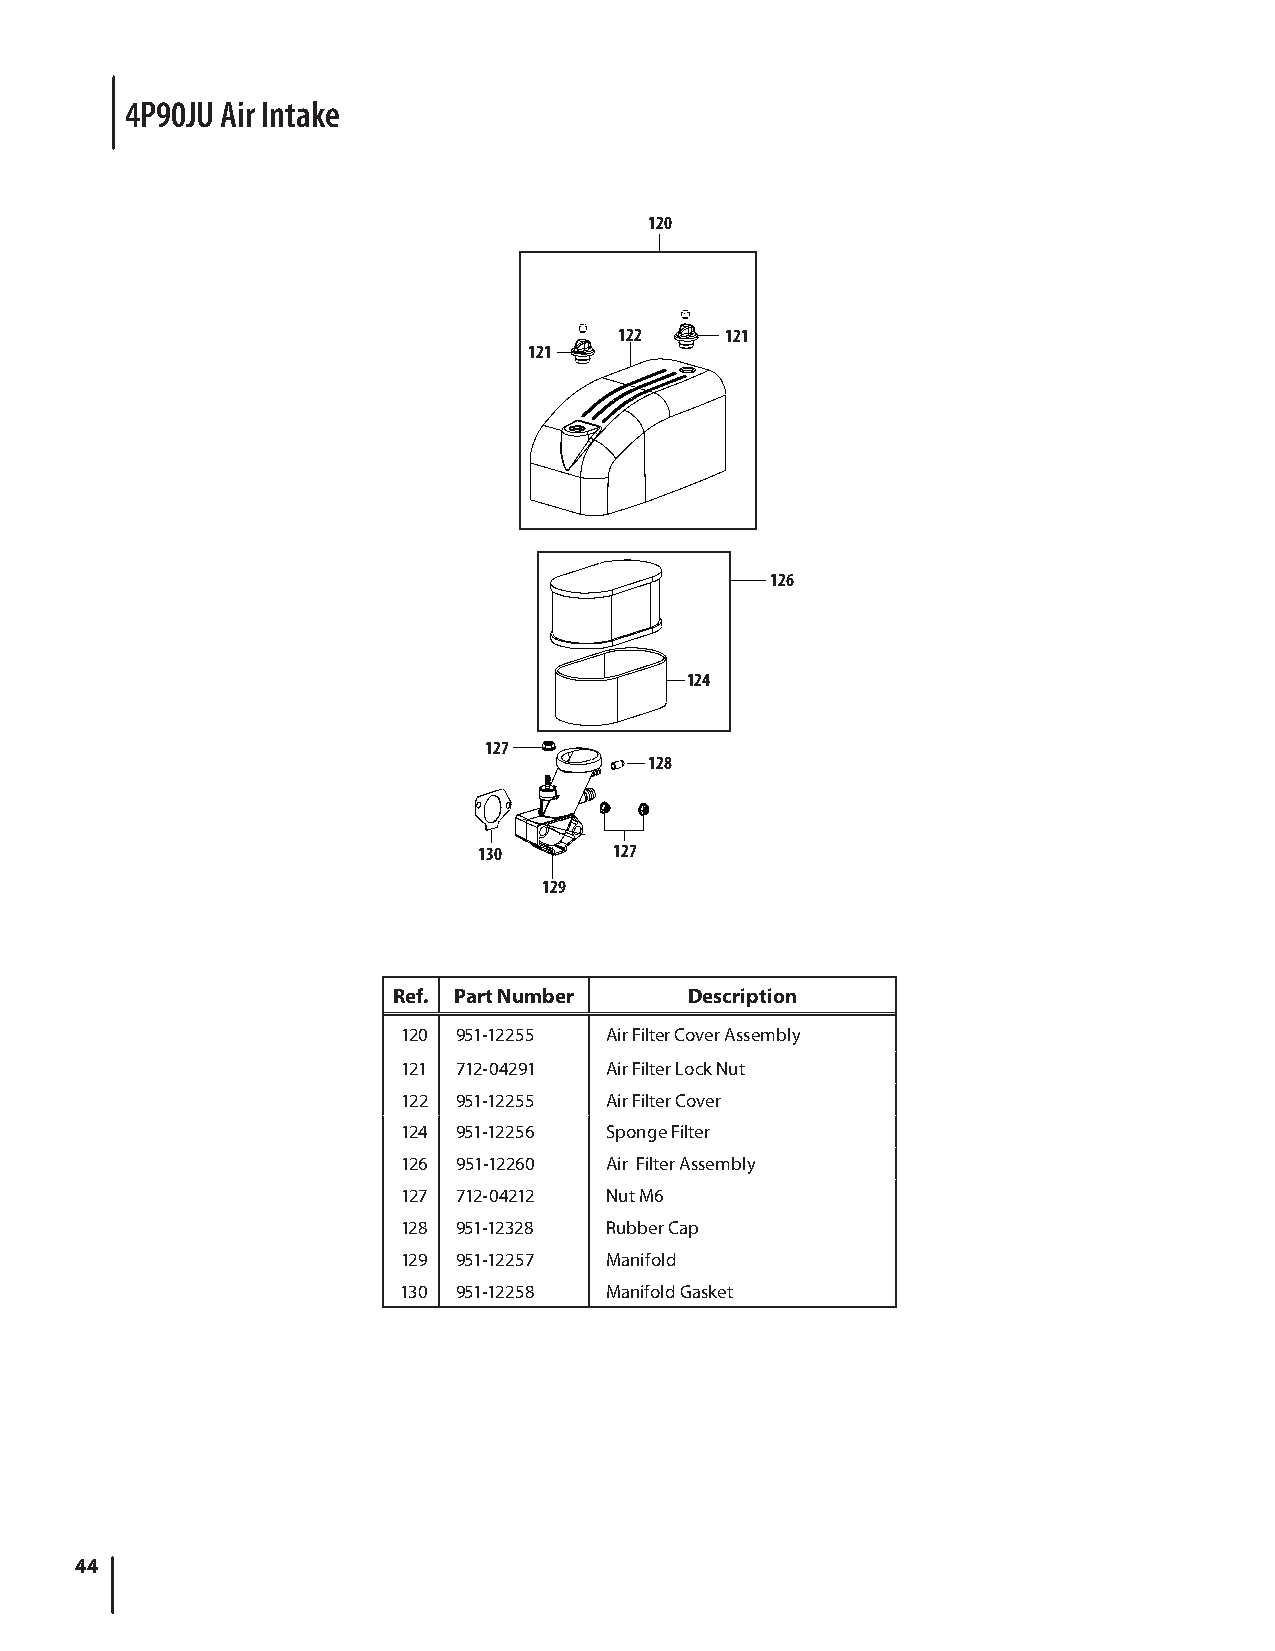
4P90JU Air Intake
 120
 122    121
 121
 126
 124
 127
 128
 130      127
 129
 Ref. Part Number    Description
 120 951-12255 Air Filter Cover Assembly
 121 712-04291 Air Filter Lock Nut
 122 951-12255 Air Filter Cover
 124 951-12256 Sponge Filter
 126 951-12260 Air Filter Assembly
 127 712-04212 Nut M6
 128 951-12328 Rubber Cap
 129 951-12257 Manifold
 130 951-12258 Manifold Gasket
 44